Applicability to medico-legal practice in India of the biochemical tests for the origin of blood-stains - Number 39
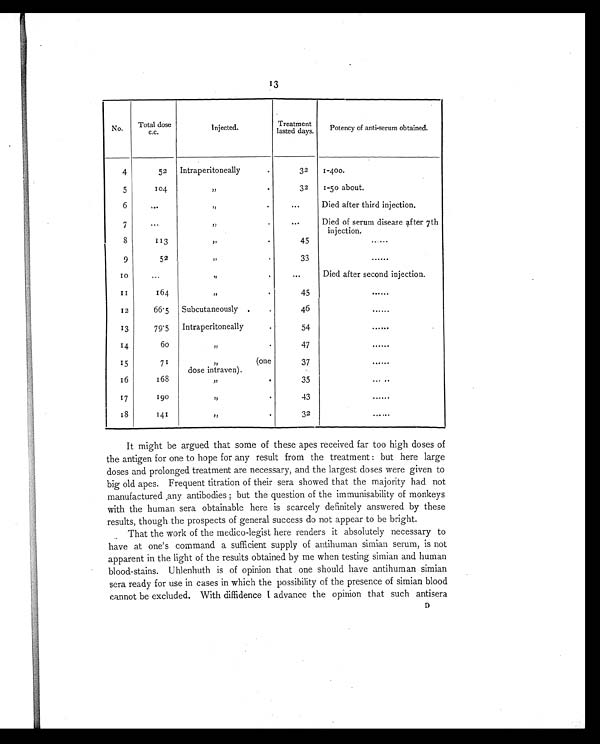
13
No.
Total dose
c.c.
Injected.
Treatment
lasted days.
Potency of anti-serum obtained.
4
52 Intraperitoneally
.
32
1-400.
5
104
„
.
32
1-50 about.
6
. . .
„
.
. . .
Died after third injection.
7
. . .
„
.
. . .
Died of serum disease after 7th
injection.
8
1 1 3
„
.
45
. . . . . .
9
52
„
.
33
......
10
. . .
„
.
. . .
Died after second injection.
1 1
164
„
.
45
......
12
66.5 Subcutaneously .
.
46
......
13
79.5 Intraperitoneall
.
54
......
14
60
„
.
47
......
15
7 1
„ (one
dose intraven).
37
......
16
168
„
.
35
. . . . . .
17
190
„
.
43
......
18
141
„
.
32
. . . . . .
It might be argued that some of these apes received far too high doses of
the antigen for one to hope for any result from the treatment : but here large
doses and prolonged treatment are necessary, and the largest doses were given to
big old apes. Frequent titration of their sera showed that the majority had not
manufactured any antibodies ; but the question of the immunisability of monkeys
with the human sera obtainable here is scarcely definitely answered by these
results, though the prospects of general success do not appear to be bright.
That the work of the medico-legist here renders it absolutely necessary to
have at one's command a sufficient supply of antihuman simian serum, is not
apparent in the light of the results obtained by me when testing simian and human
blood-stains. Uhlenhuth is of opinion that one should have antihuman simian
sera ready for use in cases in which the possibility of the presence of simian blood
cannot be excluded. With diffidence I advance the opinion that such antisera
D